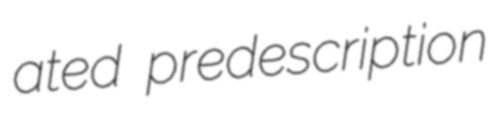
ated predescription